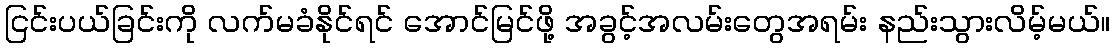
ငြင်းပယ်ခြင်းကို လက်မခံနိုင်ရင် အောင်မြင်ဖို့ အခွင့်အလမ်းတွေအရမ်း နည်းသွားလိမ့်မယ်။